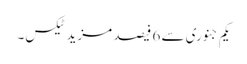
یکم جنوری سے 6 فیصد مزید ٹیکس۔